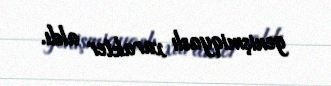
genişmiqyaslı xarakter aldı.